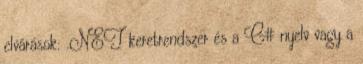
elvárások: .NET keretrendszer és a C# nyelv vagy a